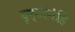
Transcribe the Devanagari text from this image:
दृष्टीनेहि